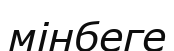
мінбеге